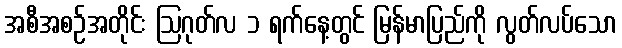
အစီအစဉ်အတိုင်း ဩဂုတ်လ ၁ ရက်နေ့တွင် မြန်မာပြည်ကို လွတ်လပ်သော